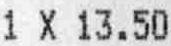
1 X 13.50